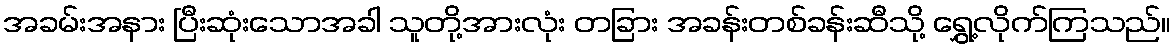
အခမ်းအနား ပြီးဆုံးသောအခါ သူတို့အားလုံး တခြား အခန်းတစ်ခန်းဆီသို့ ရွှေ့လိုက်ကြသည်။